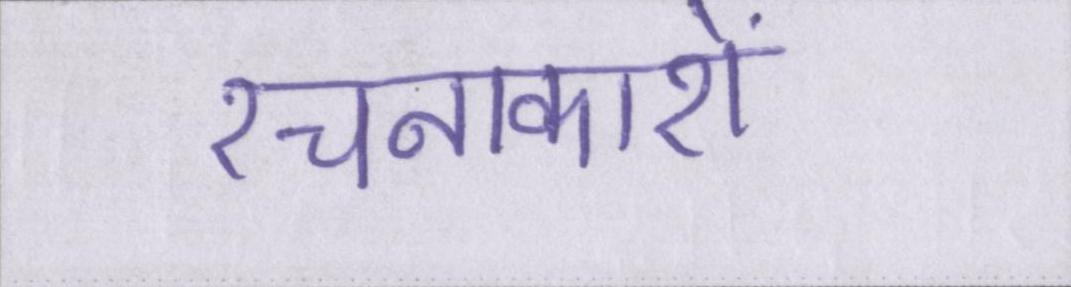
रचनाकारों